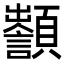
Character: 𩕵